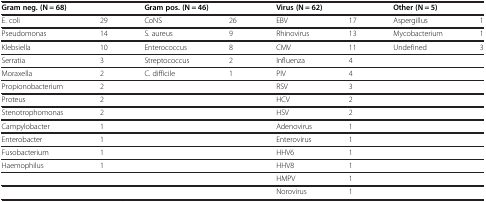
<table><thead><tr><td colspan="2"><b>Gram neg. (N = 68)</b></td><td colspan="2"><b>Gram pos. (N = 46)</b></td><td colspan="2"><b>Virus (N = 62)</b></td><td colspan="2"><b>Other (N = 5)</b></td></tr></thead><tbody><tr><td>E. coli</td><td>29</td><td>CoNS</td><td>26</td><td>EBV</td><td>17</td><td>Aspergillus</td><td>1</td></tr><tr><td>Pseudomonas</td><td>14</td><td>S. aureus</td><td>9</td><td>Rhinovirus</td><td>13</td><td>Mycobacterium</td><td>1</td></tr><tr><td>Klebsiella</td><td>10</td><td>Enterococcus</td><td>8</td><td>CMV</td><td>11</td><td>Undefined</td><td>3</td></tr><tr><td>Serratia</td><td>3</td><td>Streptococcus</td><td>2</td><td>Influenza</td><td>4</td><td> </td><td> </td></tr><tr><td>Moraxella</td><td>2</td><td>C. difficile</td><td>1</td><td>PIV</td><td>4</td><td> </td><td> </td></tr><tr><td>Propionobacterium</td><td>2</td><td> </td><td> </td><td>RSV</td><td>3</td><td> </td><td> </td></tr><tr><td>Proteus</td><td>2</td><td> </td><td> </td><td>HCV</td><td>2</td><td> </td><td> </td></tr><tr><td>Stenotrophomonas</td><td>2</td><td> </td><td> </td><td>HSV</td><td>2</td><td> </td><td> </td></tr><tr><td>Campylobacter</td><td>1</td><td> </td><td> </td><td>Adenovirus</td><td>1</td><td> </td><td> </td></tr><tr><td>Enterobacter</td><td>1</td><td> </td><td> </td><td>Enterovirus</td><td>1</td><td> </td><td> </td></tr><tr><td>Fusobacterium</td><td>1</td><td> </td><td> </td><td>HHV6</td><td>1</td><td> </td><td> </td></tr><tr><td>Haemophilus</td><td>1</td><td> </td><td> </td><td>HHV8</td><td>1</td><td> </td><td> </td></tr><tr><td> </td><td> </td><td> </td><td> </td><td>HMPV</td><td>1</td><td> </td><td> </td></tr><tr><td> </td><td> </td><td> </td><td> </td><td>Norovirus</td><td>1</td><td> </td><td> </td></tr></tbody></table>